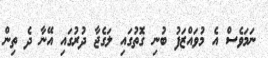
ނަމަވެސް އެ މުވައްޒަފު ބުނި ގޮތުގައި ލަގެޖާ ދުރުގައި އޭނާ ދެ ތިން